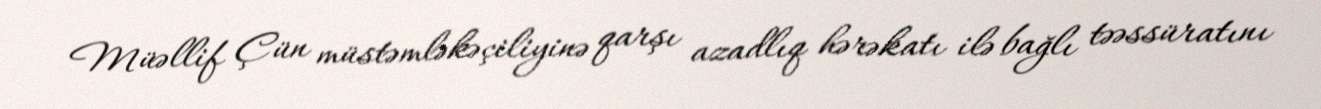
Müəllif Çün müstəmləkəçiliyinə qarşı azadlıq hərəkatı ilə bağlı təəssüratını